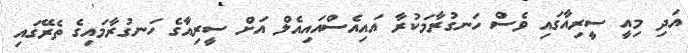
އަދި މިއީ ސީރިއާގައި ވެސް ހަނގުރާމަކުރާ އައިއެސްއައިއެލް އަށް ސީރިއާގެ ހަނގުރާމައިގެ ތެރޭގައި